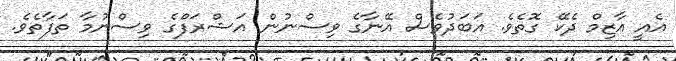
އެއީ އާޒިމް ދެކޭ ގޮތެވެ. އަބަދުވެސް އޭނާގެ ވިސްނުން އަޝްރަފްގެ ވިސްނުމާ ތަފާތެވެ.